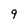
Character: 9